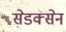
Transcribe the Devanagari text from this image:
सेडक्सेन